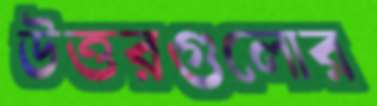
উত্তরগুলোর